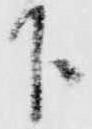
下